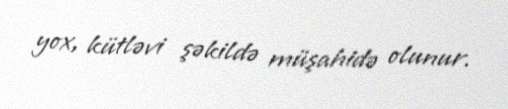
yox, kütləvi şəkildə müşahidə olunur.